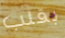
بقلب